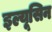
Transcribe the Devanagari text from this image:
इल्यूसिन